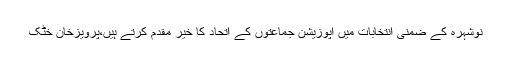
نوشہرہ کے ضمنی انتخابات میں اپوزیشن جماعتوں کے اتحاد کا خیر مقدم کرتے ہیں،پرویزخان خٹک